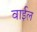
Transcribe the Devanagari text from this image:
वाईल